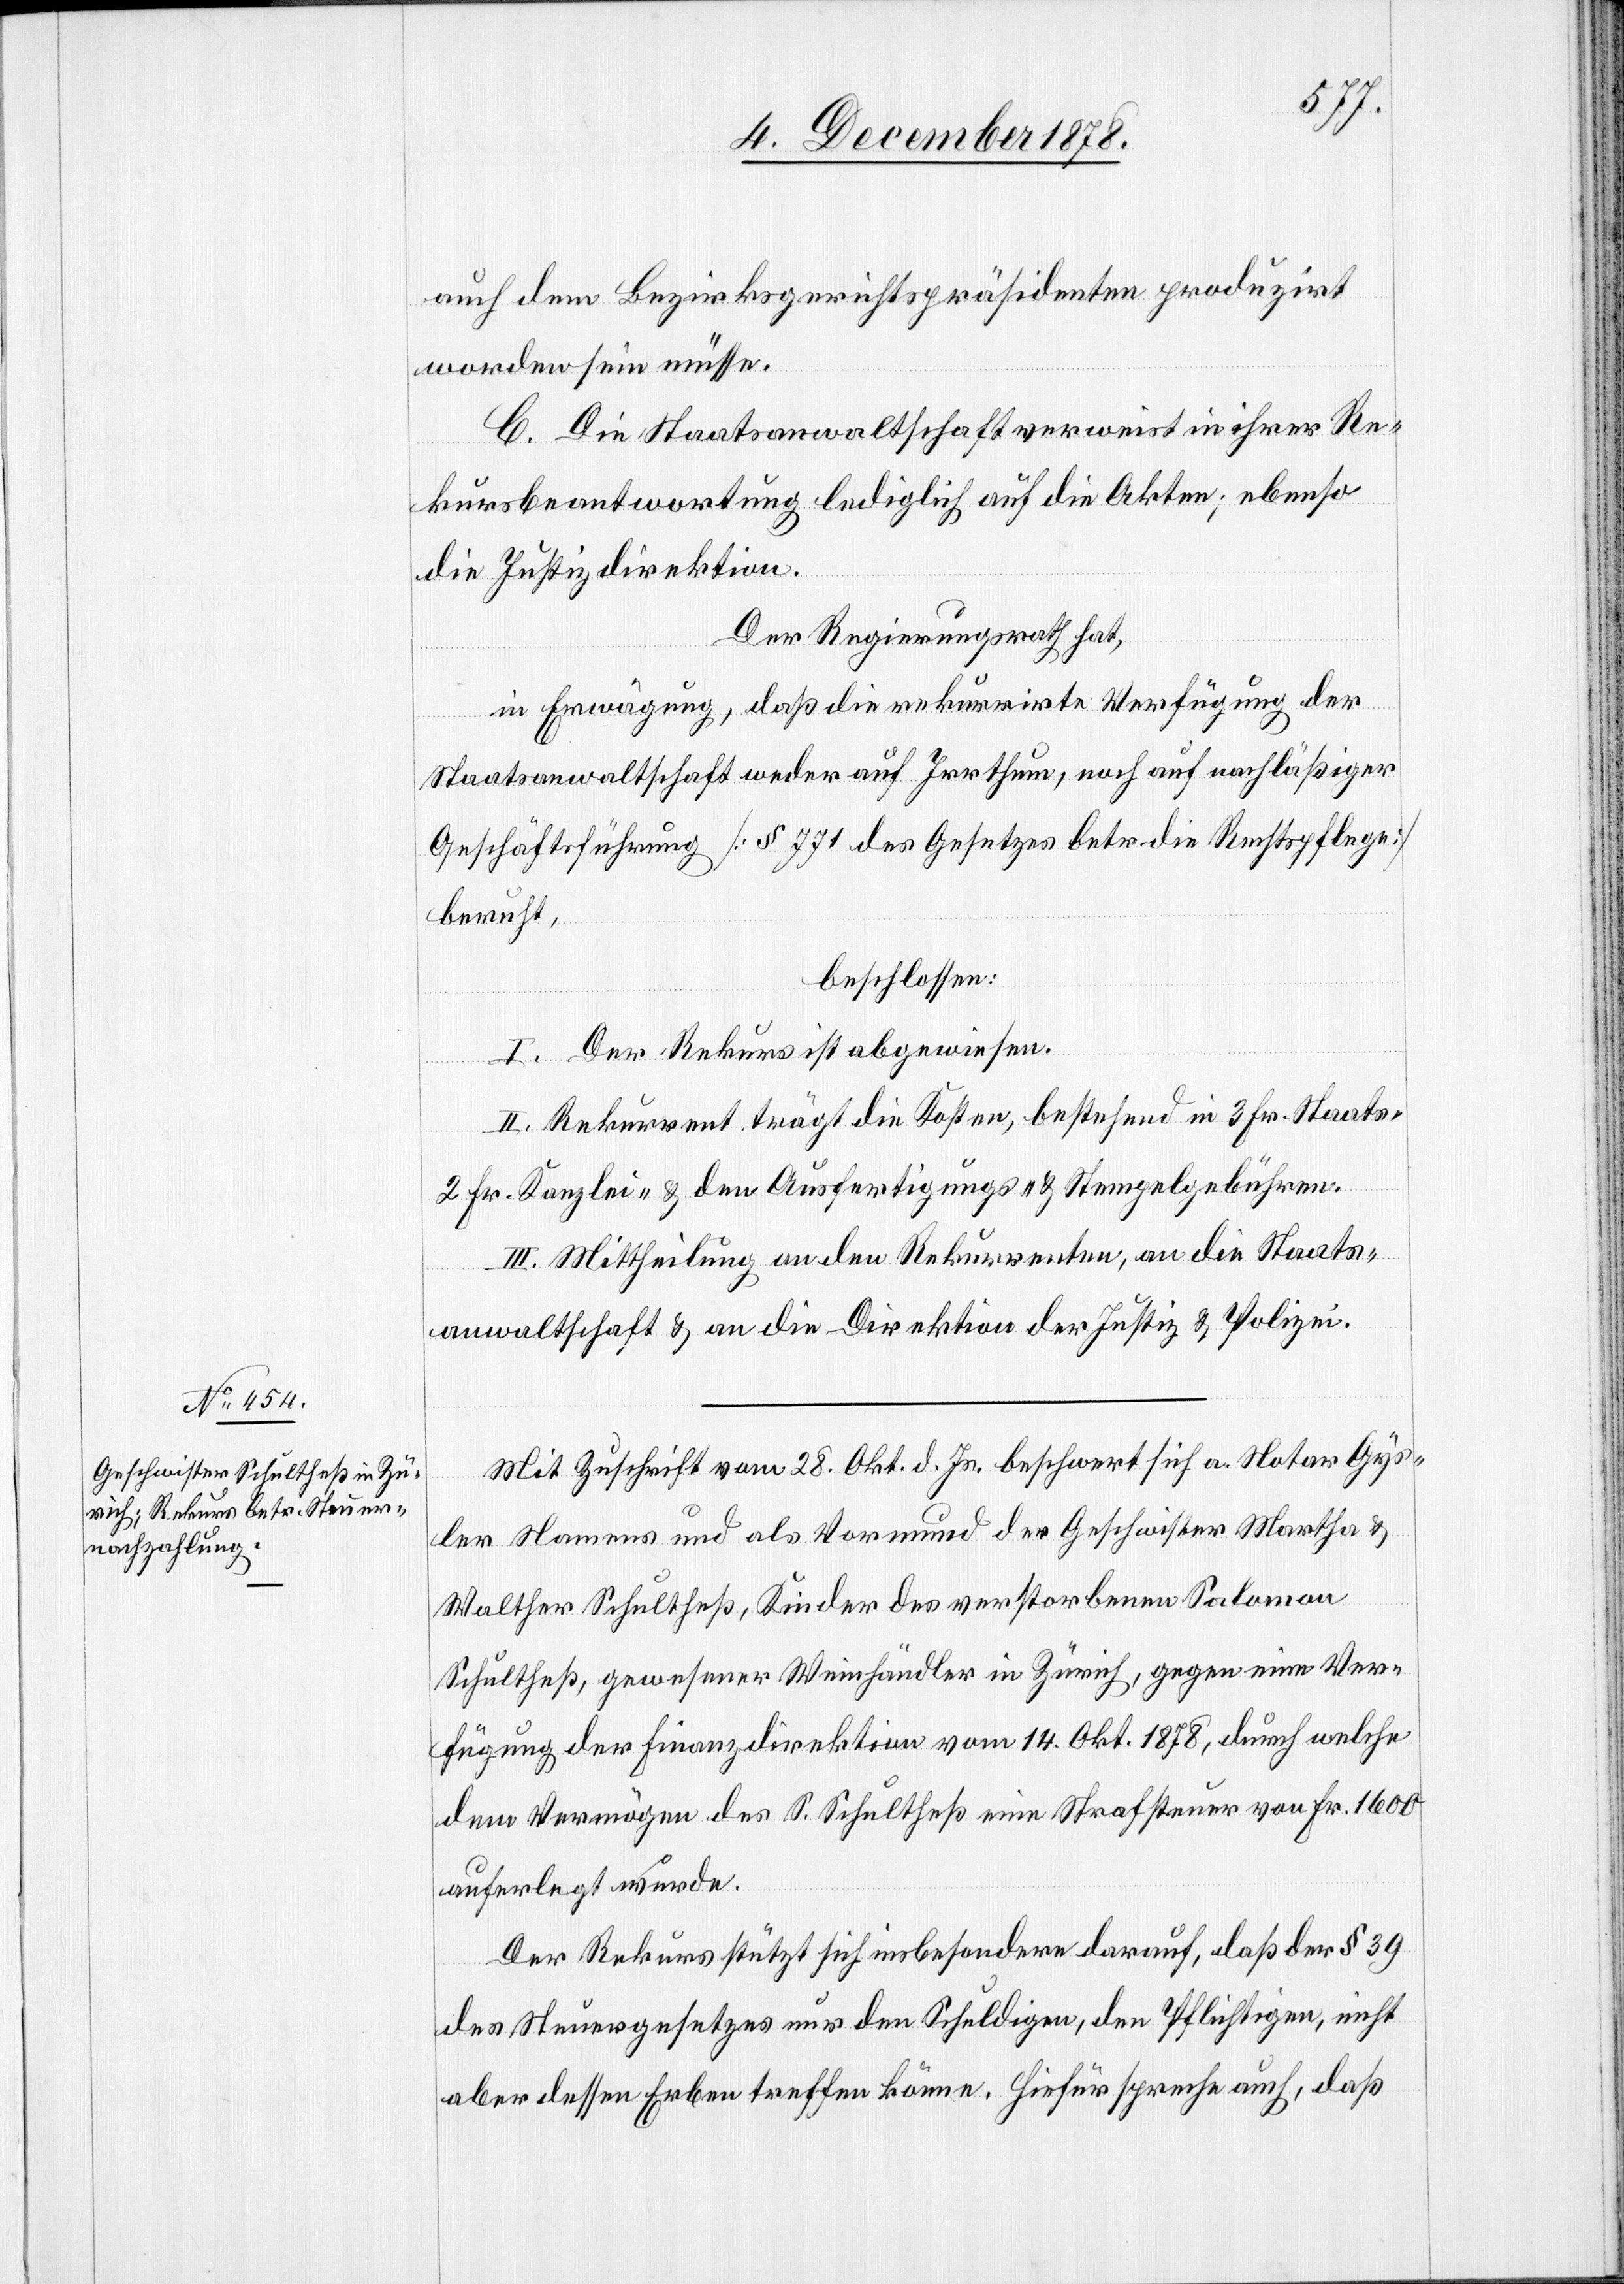
auch dem Bezirksgerichtspräsidenten produzirt
worden sein müsse.
C. Die Staatsanwaltschaft verweist in ihrer Re¬
kursbeantwortung lediglich auf die Akten; ebenso
die Justizdirektion.
Der Regierungsrath hat,
in Erwägung, daß die rekurrirte Verfügung der
Staatsanwaltschaft weder auf Irrthum, noch auf nachlässiger
Geschäftsführung [§ 771 des Gesetzes betr. die Rechtspflege]
beruht,
beschlossen:
I. Der Rekurs ist abgewiesen.
II. Rekurrent trägt die Kosten, bestehend in 3 Fr. Staats-[,]
2 Fr. Kanzlei- & den Ausfertigungs- und Stempelgebühren.
III. Mittheilung an den Rekurrenten, an die Staats¬
anwaltschaft & an die Direktion der Justiz & Polizei.
Mit Zuschrift vom 28. Okt. d. Js. beschwert sich a. Notar Gys¬
ler Namens und als Vormund der Geschwister Martha &
Walther Schultheß, Kinder des verstorbenen Salomon
Schultheß, gewesener Weinhändler in Zürich, gegen eine Ver¬
fügung der Finanzdirektion vom 14. Okt. 1878, durch welche
dem Vermögen des S. Schultheß eine Strafsteuer von Fr. 1600
auferlegt wurde.
Der Rekurs stützt sich insbesondere darauf, daß der § 39
des Steuergesetzes nur den Schuldigen, den Pflichtigen, nicht
aber dessen Erben treffen könne. Hiefür spreche auch, daß